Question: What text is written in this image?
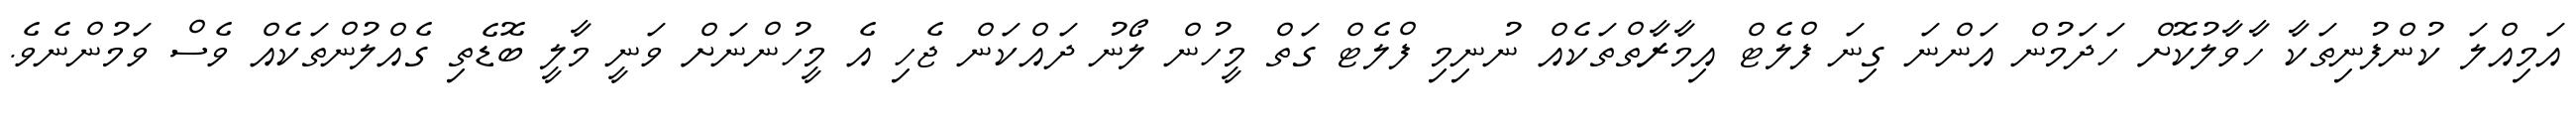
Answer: އަމިއްލަ ކުންފުނިތަކާ ހާވާލުކޮށް ހަދަމުން އަންނަ ގިނަ ފްލެޓް އިމާރާތްތަކެއް ނުނިމި ފްލެޓް ގަތް މީހުން ލޯނު ދައްކަން ޖެހި އެ މީހުންނަށް ވަނީ މާލީ ބޮޑެތި ގެއްލުންތަކެއް ވެސް ވަމުންނެވެ.